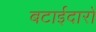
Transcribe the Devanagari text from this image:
बटाईदारों